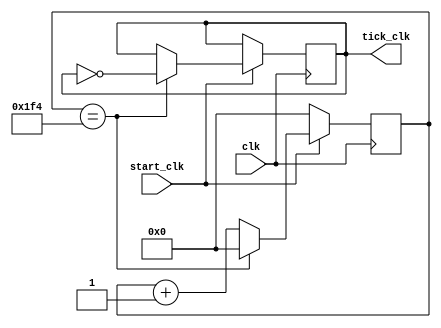


 module i2c_clk(
			   input wire clk,
			   output wire tick_clk,
			   input wire start_clk

  			   );
 

 
 reg [9:0] i2c_ctr;
 reg out = 1'b1;

 assign tick_clk = out;
 parameter DELAY = 500;

 always @(posedge clk)
 begin
 	if(start_clk)
	begin
		if(i2c_ctr == DELAY)
		begin
			out <= ~out;	
			i2c_ctr <= 10'd0;
		end
		else
			i2c_ctr <= i2c_ctr + 1'b1;
	end

	else
	 	begin
			i2c_ctr <= 10'd0;
	 	end

 end

	
endmodule